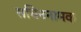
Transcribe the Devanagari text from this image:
सचिननामक